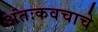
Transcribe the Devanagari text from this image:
अंतःकवचाचे